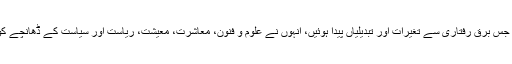
یوں انسانی تمدن میں جس برق رفتاری سے تغیرات اور تبدیلیاں پیدا ہوئیں، انہوں نے علوم و فنون، معاشرت، معیشت، ریاست اور سیاست کے ڈھانچے کو یکسر تبدیل کر دیا۔